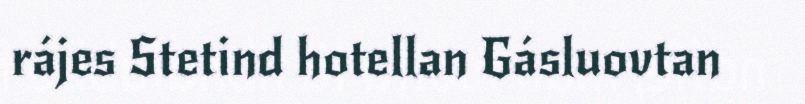
rájes Stetind hotellan Gásluovtan